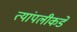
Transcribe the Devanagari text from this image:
त्यांपलीकडे